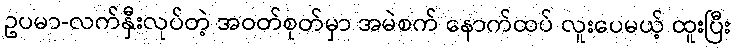
ဥပမာ-လက်နှီးလုပ်တဲ့ အဝတ်စုတ်မှာ အမဲစက် နောက်ထပ် လူးပေမယ့် ထူးပြီး